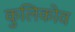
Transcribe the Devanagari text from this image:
कुलिकोव